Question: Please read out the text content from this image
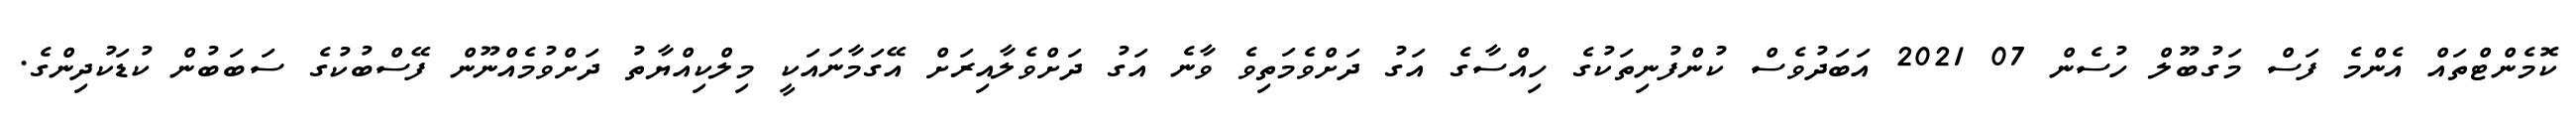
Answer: ކޮމެންޓްތައް އެންމެ ފަސް މަގުބޫލް ހުސެން 07 2021 އަބަދުވެސް ކުންފުނިތަކުގެ ހިއްސާގެ އަގު ދަށްވެމަތިވެ ވާނެ އަގު ދަށްވެލާއިރަށް އޭގަމާނައަކީ މިލްކިއްޔާތު ދަށްވުމެއްނޫން ފޭސްބުކުގެ ސަބަބުން ކުޑަކުދިންގެ.